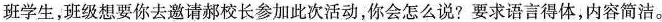
班学生，班级想要你去邀请郝校长参加此次活动，你会怎么说？要求语言得体，内容简洁。